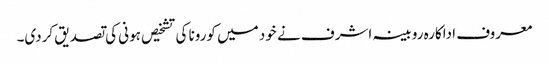
معروف اداکارہ روبینہ اشرف نے خود میں کورونا کی تشخیص ہونی کی تصدیق کردی۔